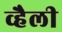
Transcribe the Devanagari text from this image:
व्हैली